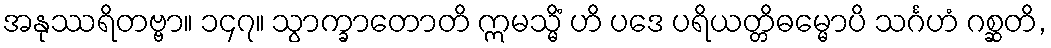
အနုဿရိတဗ္ဗာ။ ၁၄၇။ သွာက္ခာတောတိ ဣမသ္မိံ ဟိ ပဒေ ပရိယတ္တိဓမ္မောပိ သင်္ဂဟံ ဂစ္ဆတိ,